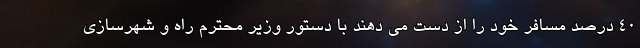
۴۰ درصد مسافر خود را از دست می دهند با دستور وزیر محترم راه و شهرسازی